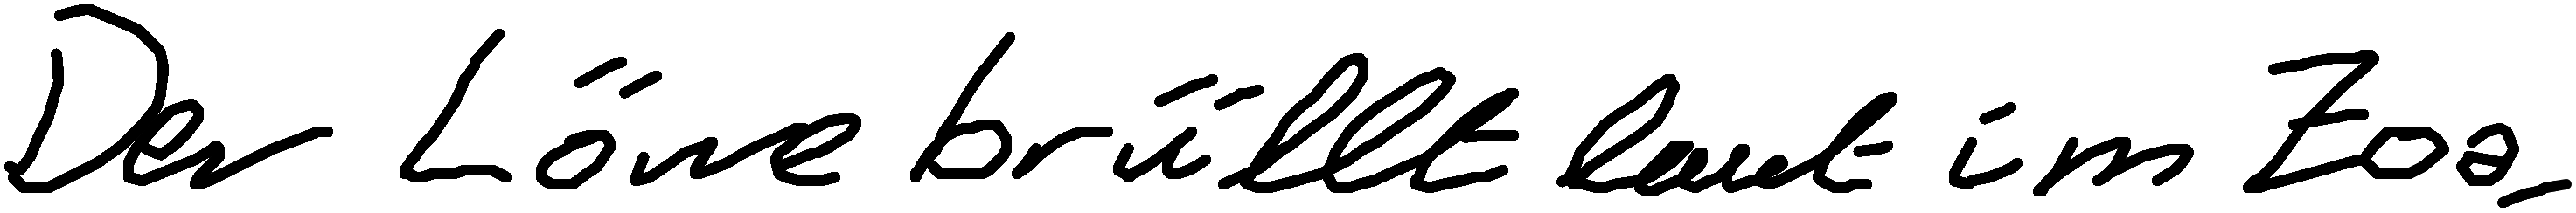
Der Löwe brüllt laut im Zoo.